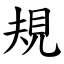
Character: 規